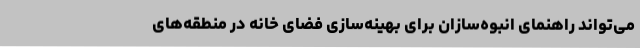
می‌تواند راهنمای انبوه‌سازان برای بهینه‌سازی فضای خانه در منطقه‌های